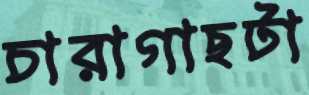
চারাগাছটা